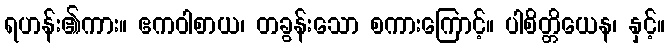
ရဟန်း၏ကား။ ဧကဝါစာယ၊ တခွန်းသော စကားကြောင့်။ ပါစိတ္တိယေန၊ နှင့်။